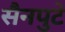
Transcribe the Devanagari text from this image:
सैनपुटे